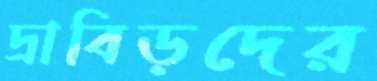
দ্রাবিড়দের